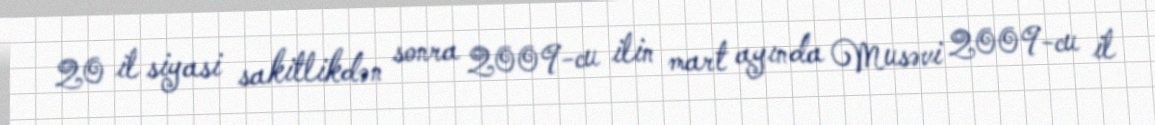
20 il siyasi sakitlikdən sonra 2009-cu ilin mart ayında Musəvi 2009-cu il